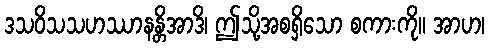
ဒသဝိသသဟဿာနန္တိအာဒိ၊ ဤသို့အစရှိသော စကားကို။ အာဟ၊